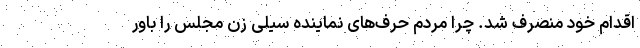
اقدام خود منصرف شد. چرا مردم حرف‌های نماینده سیلی زن مجلس را باور